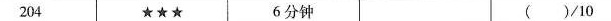
204 ★★★ 6分钟 ( )/10